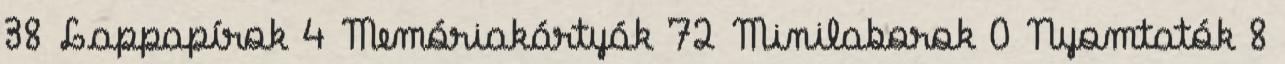
38 Lappapírok 4 Memóriakártyák 72 Minilaborok 0 Nyomtatók 8